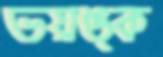
ভয়ঙ্ক